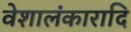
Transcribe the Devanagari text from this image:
वेशालंकारादि